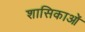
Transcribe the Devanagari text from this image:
शासिकाओं